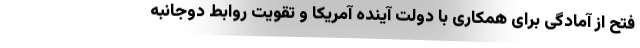
فتح از آمادگی برای همکاری با دولت آینده آمریکا و تقویت روابط دوجانبه